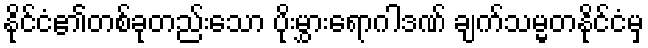
နိုင်ငံ၏တစ်ခုတည်းသော ပိုးမွှားရောဂါဒဏ် ချက်သမ္မတနိုင်ငံမှ